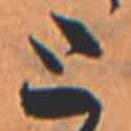
と